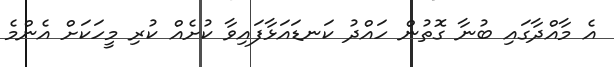
އެ މާއްދާގައި ބުނާ ގޮތުން ހައްދު ކަނޑައަޅާފައިވާ ކުށެއް ކުރި މީހަކަށް އެންމެ